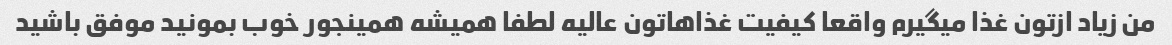
من زیاد ازتون غذا میگیرم واقعا کیفیت غذاهاتون عالیه‌ لطفا همیشه همینجور خوب بمونید موفق باشید